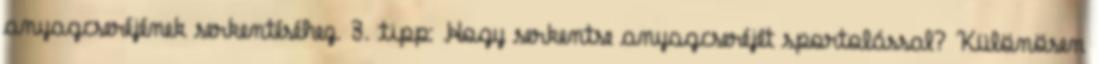
anyagcseréjének serkentéséhez. 3. tipp: Hogy serkentse anyagcseréjét sportolással? Különösen